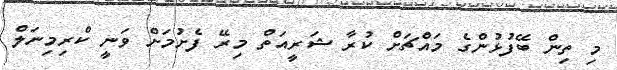
މި ތިން ބޭފުޅުންގެ މައްޗަށް ކުރާ ޝަރީއަތް މިރޭ ފެށުމަށް ވަނީ ކްރިމިނަލް